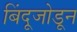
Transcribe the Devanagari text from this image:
बिंदूजोडून